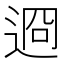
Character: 䢛